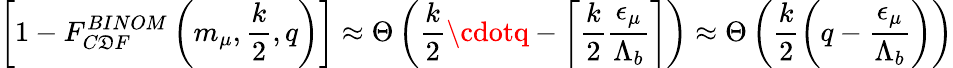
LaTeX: \left[1-F_{C\mathfrak{D}F}^{BINOM}\left(m_{\mu},\frac{{k}}{{2}},q\right)\right]\approx\Theta\left(\frac{{k}}{{2}}\cdotq-\left\lceil\frac{{k}}{{2}}\frac{{{\epsilon}_{\mu}}}{{{\Lambda}_{b}}}\right\rceil\right)\approx\Theta\left(\frac{{k}}{{2}}\left(q-\frac{{{\epsilon}_{\mu}}}{{{\Lambda}_{b}}}\right)\right)